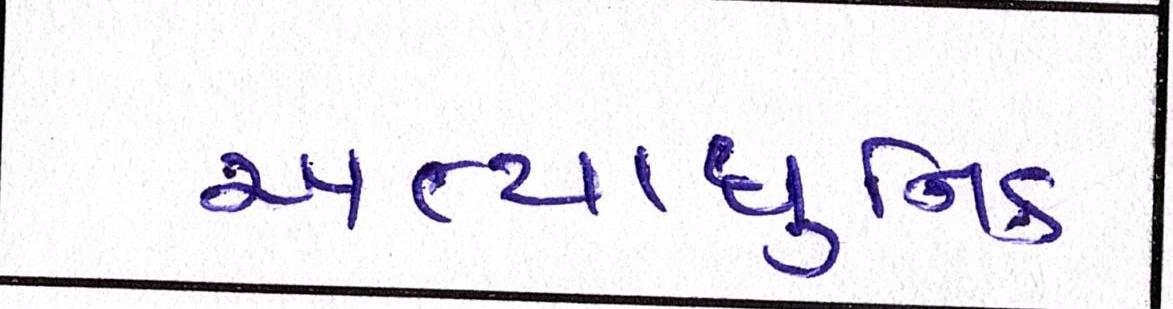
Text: અત્યાધુનિક